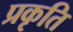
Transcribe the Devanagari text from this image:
प्रकृति